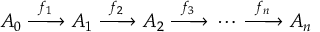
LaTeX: A _ { 0 } \; { \xrightarrow { \ f _ { 1 } \ } } \; A _ { 1 } \; { \xrightarrow { \ f _ { 2 } \ } } \; A _ { 2 } \; { \xrightarrow { \ f _ { 3 } \ } } \; \cdots \; { \xrightarrow { \ f _ { n } \ } } \; A _ { n }